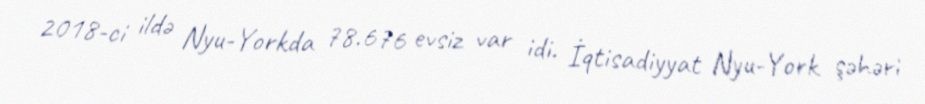
2018-ci ildə Nyu-Yorkda 78.676 evsiz var idi. İqtisadiyyat Nyu-York şəhəri